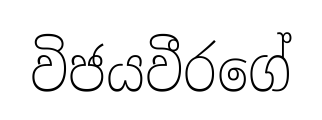
විජයවීරගේ